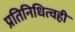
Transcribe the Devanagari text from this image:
प्रतिनिधित्वही